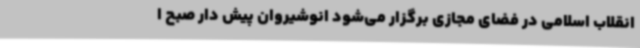
انقلاب اسلامی در فضای مجازی برگزار می‌شود انوشیروان پیش دار صبح ا